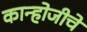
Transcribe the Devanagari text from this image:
कान्होजीचे